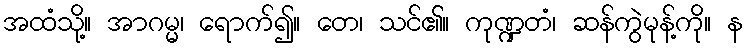
အထံသို့။ အာဂမ္မ၊ ရောက်၍။ တေ၊ သင်၏။ ကုဏ္ဍတံ၊ ဆန်ကွဲမုန့်ကို။ န